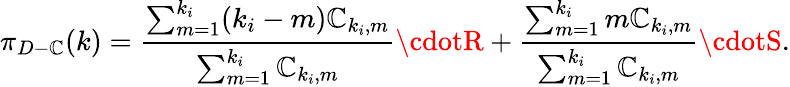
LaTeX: \pi_{D-\mathbb{C}}(k)=\frac{{\sum_{m=1}^{k_{i}}(k_{i}-m)\mathbb{C}_{k_{i},m}}}{{\sum_{m=1}^{k_{i}}\mathbb{C}_{k_{i},m}}}\cdotR+\frac{{\sum_{m=1}^{k_{i}}m\mathbb{C}_{k_{i},m}}}{{\sum_{m=1}^{k_{i}}\mathbb{C}_{k_{i},m}}}\cdotS.